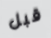
قبل